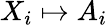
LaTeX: X_{i}\mapsto A_{i}